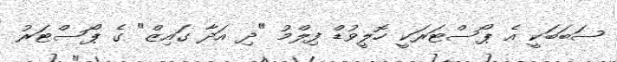
ސަބަބަކީ އެ ޕޯސްޓަރަކީ ހޮލީވުޑް ފިލްމު "ދި އަދާ ގައިޒް" ގެ ޕޯސްޓަރު